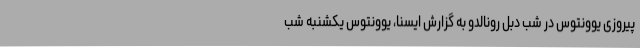
پیروزی یوونتوس در شب دبل رونالدو به گزارش ایسنا، یوونتوس یکشنبه شب